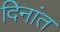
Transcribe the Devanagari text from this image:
दिनांत